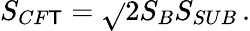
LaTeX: S_{CF\mathsf{T}}=\sqrt{}{{2S_{B}S_{SUB}}}\, .